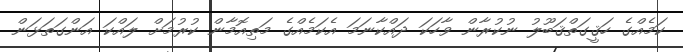
ކަމެއްގެ ހަޤީގަތްޤަބޫލު ނުކުރާން ވާހަކަ ދައްކާނަމަ އެކަމެއްގެ މަތިއޮމާން ކުރުމަށް ލައްކަ އަންގަތަޅަން